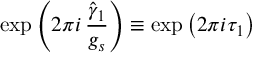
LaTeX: \mathrm { e x p } \left( 2 \pi i \, \frac { \hat { \gamma } _ { 1 } } { g _ { s } } \right) \equiv \mathrm { e x p } \left( 2 \pi i \tau _ { 1 } \right)